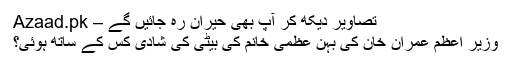
تصاویر دیکھ کر آپ بھی حیران رہ جائیں گے – Azaad.pk
وزیر اعظم عمران خان کی بہن عظمیٰ خانم کی بیٹی کی شادی کس کے ساتھ ہوئی؟